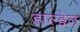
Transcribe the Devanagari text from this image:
हाल्ड्वेल